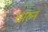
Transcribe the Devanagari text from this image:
चारुन